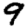
Digit: 9